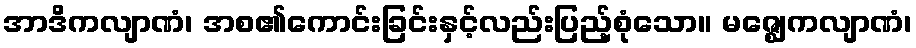
အာဒိကလျာဏံ၊ အစ၏ကောင်းခြင်းနှင့်လည်းပြည့်စုံသော။ မဇ္ဈေကလျာဏံ၊